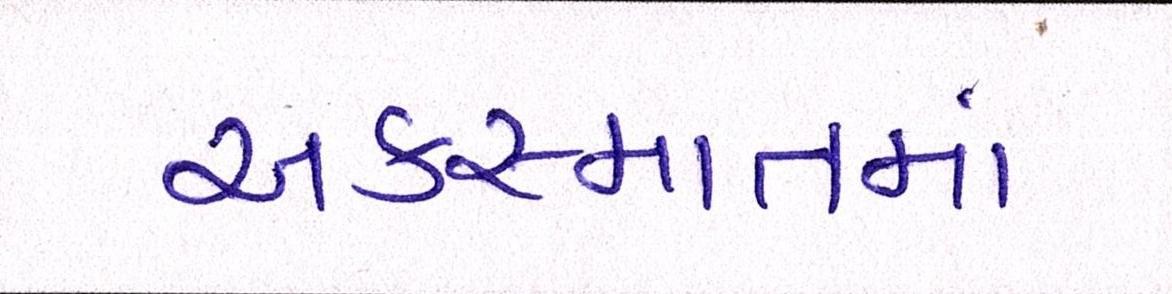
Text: અકસ્માતમાં